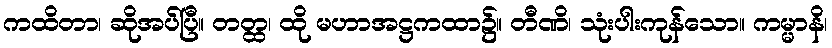
ကထိတာ၊ ဆိုအပ်ပြီ။ တတ္ထ၊ ထို မဟာအဋ္ဌကထာ၌။ တီဏိ၊ သုံးပါးကုန်သော။ ကမ္မာနိ၊